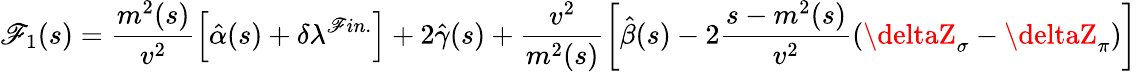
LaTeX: \mathscr{F}_{1}(s)=\frac{{m^{2}(s)}}{{v^{2}}}\left[\hat{{\alpha}}(s)+\delta\lambda^{\mathscr{F}in.}\right]+2\hat{{\gamma}}(s)+\frac{{v^{2}}}{{m^{2}(s)}}\left[\hat{{\beta}}(s)-2\frac{{s-m^{2}(s)}}{{v^{2}}}\left(\deltaZ_{\sigma}-\deltaZ_{\pi}\right)\right]